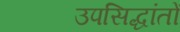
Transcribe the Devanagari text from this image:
उपसिद्धांतों